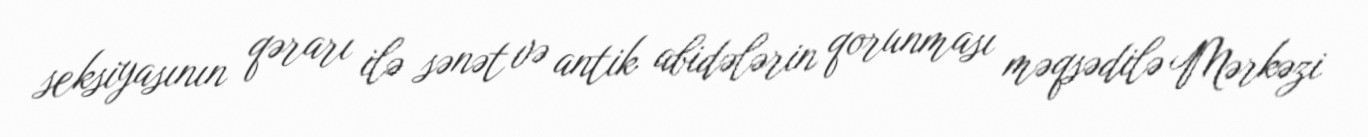
seksiyasının qərarı ilə sənət və antik abidələrin qorunması məqsədilə Mərkəzi